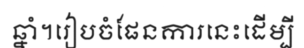
ឆ្នាំ។រៀបចំផែនការនេះដើម្បី